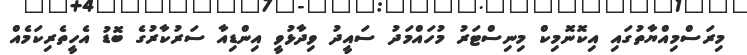
މިރަސްމިއްޔާތުގައި އިކޮނޮމިކް މިނިސްޓަރު މުހައްމަދު ސައީދު ވިދާޅުވީ އިންޑިއާ ސަރުކާރުގެ ބޮޑު އެހީތެރިކަމެއް